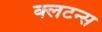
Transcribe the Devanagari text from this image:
क्लटन्स